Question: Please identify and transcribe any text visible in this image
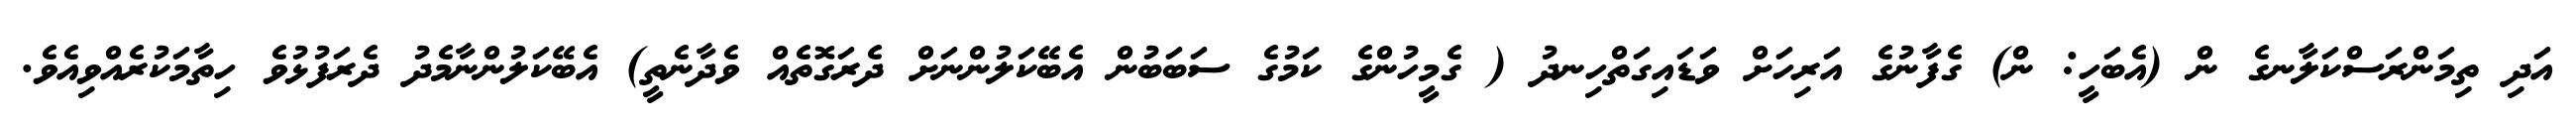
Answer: އަދި ތިމަންރަސްކަލާނގެ ން (އެބަހީ: ން) ގެފާނުގެ އަރިހަށް ވަޑައިގަތްހިނދު ( ގެމީހުންގެ ކަމުގެ ސަބަބުން އެބޭކަލުންނަށް ދެރަގޮތެއް ވެދާނެތީ) އެބޭކަލުންނާމެދު ދެރަފުޅުވެ ހިތާމަކުރެއްވިއެވެ.